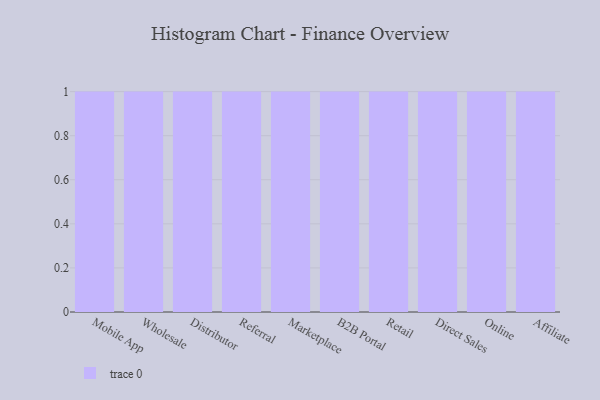
{"axis": {"x": "Channel", "y": "Customer Acquisition Cost (USD)"}, "legend": [""], "data": [{"x": "Mobile App", "y": 70, "type": ""}, {"x": "Wholesale", "y": 76, "type": ""}, {"x": "Distributor", "y": 87, "type": ""}, {"x": "Referral", "y": 4, "type": ""}, {"x": "Marketplace", "y": 32, "type": ""}, {"x": "B2B Portal", "y": 83, "type": ""}, {"x": "Retail", "y": 62, "type": ""}, {"x": "Direct Sales", "y": 78, "type": ""}, {"x": "Online", "y": 99, "type": ""}, {"x": "Affiliate", "y": 75, "type": ""}]}